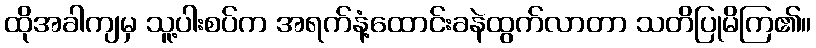
ထိုအခါကျမှ သူ့ပါးစပ်က အရက်နံ့ထောင်းခနဲထွက်လာတာ သတိပြုမိကြ၏။